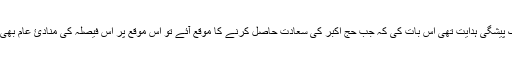
حالانکہ یہ ایک پیشگی ہدایت تھی اس بات کی کہ جب حج اکبر کی سعادت حاصل کرنے کا موقع آئے تو اس موقع پر اس فیصلہ کی منادئ عام بھی کرا دی جائے۔